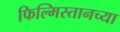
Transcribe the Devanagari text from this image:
फिल्मिस्तानच्या